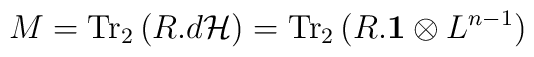
M = {\rm Tr}_2\,  (R.d{\cal H}) = {\rm Tr}_2\, (R.{\bf 1} \otimes L^{n-1})